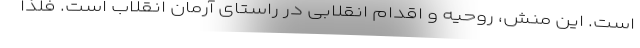
است. این منش، روحیه و اقدام انقلابی در راستای آرمان انقلاب است. فلذا